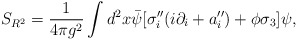
\begin{align*}S_{R^2}=\frac{1}{4\pi g^2}\int d^2 x \bar\psi[\sigma''_i(i\partial_i+a''_i)+\phi\sigma_3]\psi,\end{align*}